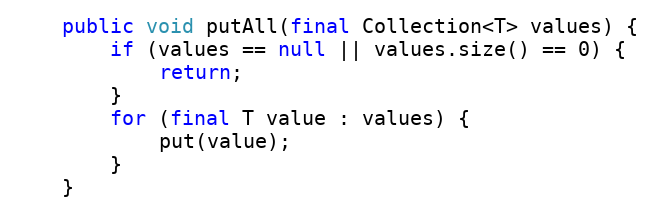
Language: Java
    public void putAll(final Collection<T> values) {
        if (values == null || values.size() == 0) {
            return;
        }
        for (final T value : values) {
            put(value);
        }
    }